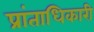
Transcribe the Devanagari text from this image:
प्रांताधिकारी